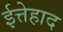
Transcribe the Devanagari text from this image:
ईत्तेहाद